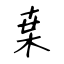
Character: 枽